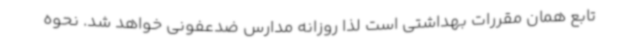
تابع همان مقررات بهداشتی است لذا روزانه مدارس ضدعفونی خواهد شد. نحوه